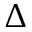
\Delta